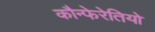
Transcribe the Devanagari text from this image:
कौन्फेरेतियो